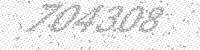
Solution: 704308